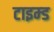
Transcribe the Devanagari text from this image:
टाइम्ड